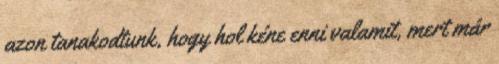
azon tanakodtunk, hogy hol kéne enni valamit, mert már